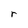
Character: r